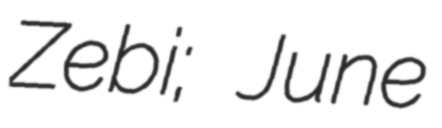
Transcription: Zebi; June